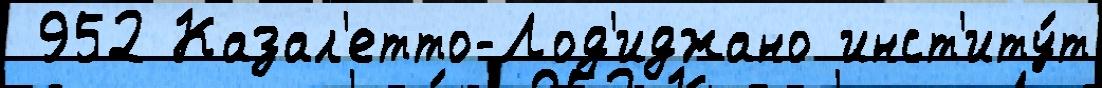
 952 Казал'етто-Лод'иджано инст'иту́т